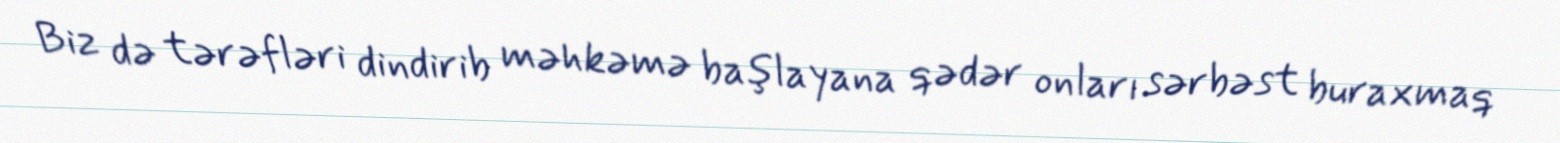
Biz də tərəfləri dindirib məhkəmə başlayana qədər onları sərbəst buraxmaq